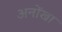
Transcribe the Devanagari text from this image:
अनोंखा